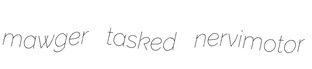
mawger tasked nervimotor